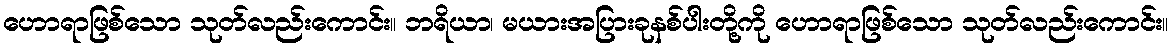
ဟောရာဖြစ်သော သုတ်လည်းကောင်း။ ဘရိယာ၊ မယားအပြားခုနစ်ပါးတို့ကို ဟောရာဖြစ်သော သုတ်လည်းကောင်း။